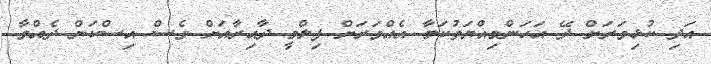
އަދި ކުޅިވަރަށް ދޭ އަހަންމިއްޔަތުކަމާ އެއްވަރަށް ފިލްމީ ދާއިރާއަށް ވެސް އިސްކަން ދެއްވާ